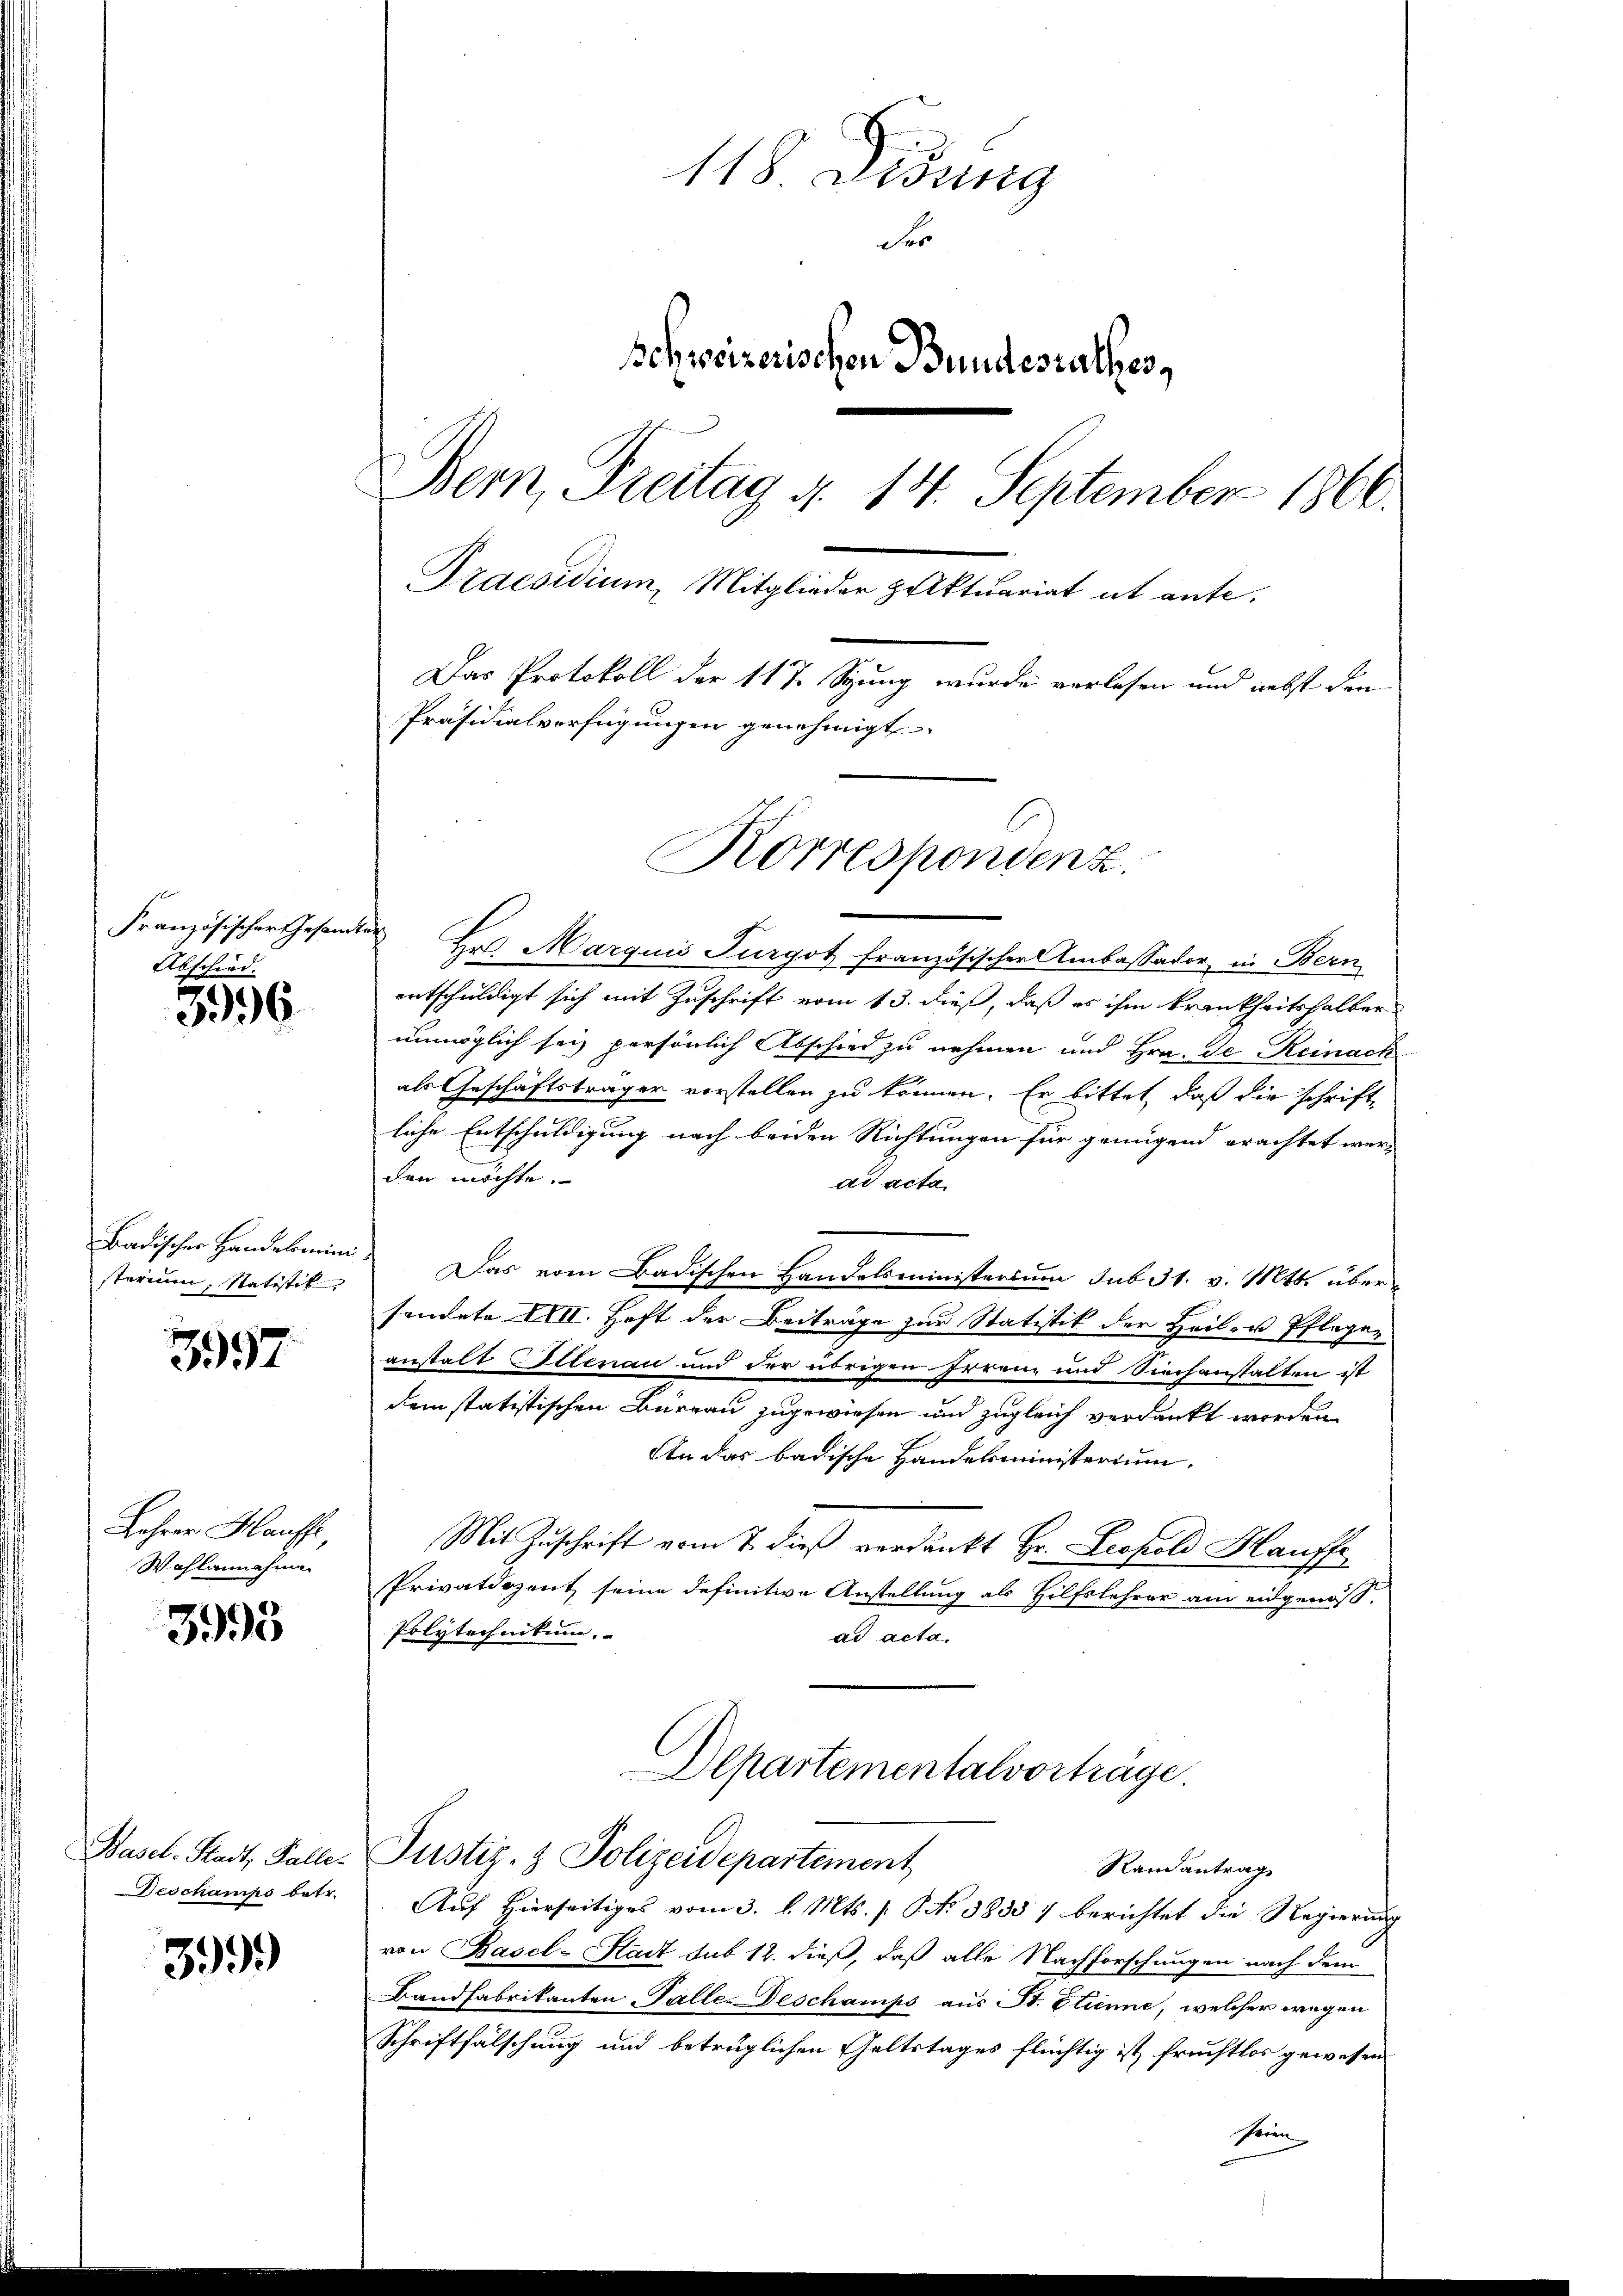
Französischer Gesandt
Abschied.

3996

Badischer Handelmini
sterium, statistit

357

Lehrer Hause,
Wahlannahme

3995

Basel-Stadt, Faller
Deschamps betr.

3999

118 atssing
Fer
Schweizerischen Bundesrathes,
Bern, Freitag d. 14. September 1866.
Praesidium, Mitglieder zuktuariat ut ante.
Das Protokoll der 117. Spung wurde verlesen und nebst den
Präsidialverfügungen genehmigt.
Korrespondenz.

der Hab Marquis Turgot französischer Ambassador in Bern
entschuldigt sich mit Zuschrift vom 13. dieß, daß es ihm krankheitshalber
unmöglich sei persönlich Abschied zu nehmen und Hrn. De Reinach
als Geschäftsträger vorstellen zu können. Er bittet, daß die schrifte
liche Entschuldigung nach beiden Richtungen für genügend erachtet werden möchte.
ad acta.
Das vom Badischen Handelsministerium sub 31. v. Mts. übersendete XVII. Heft der Beiträge zur Statistik der Heil- u Pflege-
anstalt Ellenau und der übrigen Irrenz und Siechanstalten ist
dem statistischen Büreau zugewiesen und zugleich verdankt worden,
An das badische Handelsministerium.
Mit Zuschrift vom 7. dieß verdankt Hr. Leopold Hauffe
Privatdozent seine definitive Anstellung als Hilfslehrer am eidgenos-
Polytechnikum.
ad acta.
Departementalvorträge
Justiz- & Polizeidepartement
Randantrag
Auf Hierseitiges vom 3. l. Mts. s. S. No 38557 berichtet die Regierung
von Basel-Stadt sub 12. dieß, daß alle Nachforschungen nach dem
Bandfabrikanten Talle. Deschamps aus St. Etienne, welcher wegen
Schriftfälschung und betrüglichen Geltstages flüchtig ist fruchtlos gewesen
sein